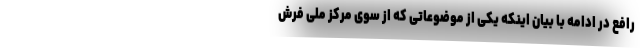
رافع در ادامه با بیان اینکه یکی از موضوعاتی که از سوی مرکز ملی فرش